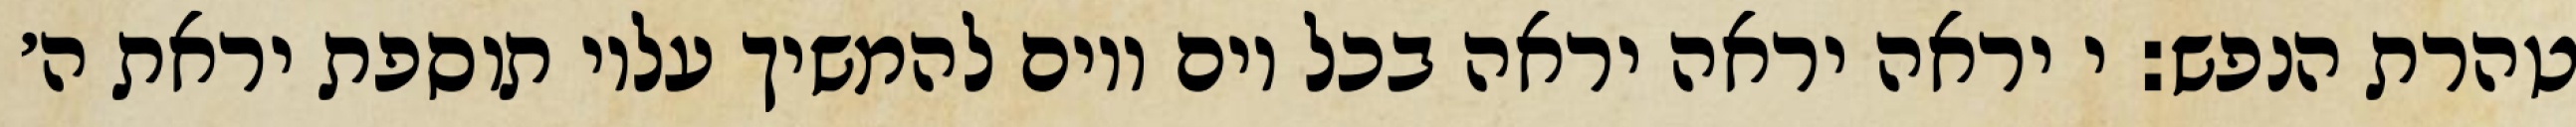
טהרת הנפש: י יראה יראה יראה בכל יום ויום להמשיך עליו תוספת יראת ה׳